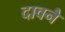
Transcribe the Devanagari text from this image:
दावनै